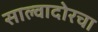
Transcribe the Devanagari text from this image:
साल्वादोरचा